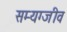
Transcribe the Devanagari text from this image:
सम्यग्जीव